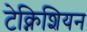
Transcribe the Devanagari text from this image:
टेक्निशियन